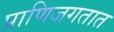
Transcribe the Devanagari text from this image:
प्राणिजगतात